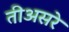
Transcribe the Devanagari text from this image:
तीअसरे